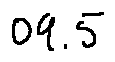
0 9 . 5